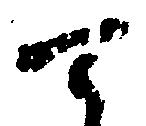
て